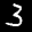
Label: 3